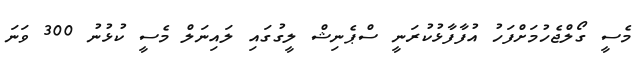
މެސީ ގޯލްޖެހުމަށްފަހު އުފާފާޅުކުރަނީ ސްޕެނިޝް ލީގުގައި ލައިނަލް މެސީ ކުޅުނު 300 ވަނަ